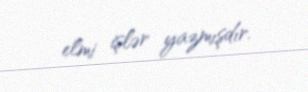
elmi işlər yazmışdır.